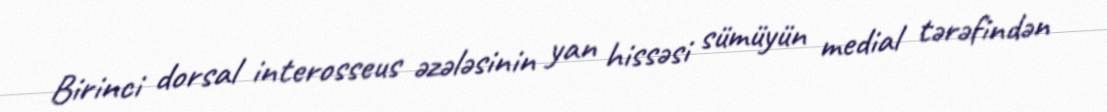
Birinci dorsal interosseus əzələsinin yan hissəsi sümüyün medial tərəfindən